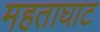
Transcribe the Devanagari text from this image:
महताघाट